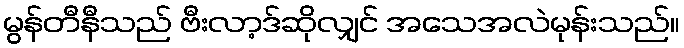
မွန်တီနီသည် ဗီးလာ့ဒ်ဆိုလျှင် အသေအလဲမုန်းသည်။